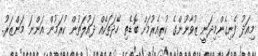
މިއަދު ފެނިގެންމިދަނީ ޒުވާނުންގެ ކުރިއެރުމަށް ބޮޑެތި ހޭދަތަކެއް ދައުލަތުން ކުރަމުން އަންނަ މަންޒަރު.